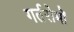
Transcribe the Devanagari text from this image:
गर्तरोमों